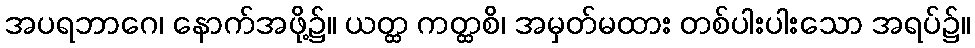
အပရဘာဂေ၊ နောက်အဖို့၌။ ယတ္ထ ကတ္ထစိ၊ အမှတ်မထား တစ်ပါးပါးသော အရပ်၌။